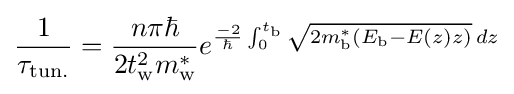
{\frac {1}{\tau _{\text{tun.}}}}={\frac {n\pi \hbar }{2t_{\text{w}}^{2}m_{\text{w}}^{*}}}e^{{\frac {-2}{\hbar }}\int _{0}^{t_{\text{b}}}{\sqrt {2m_{\text{b}}^{*}(E_{\text{b}}-E(z)z)}}\,dz}